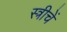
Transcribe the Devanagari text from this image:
स्त्रीचें